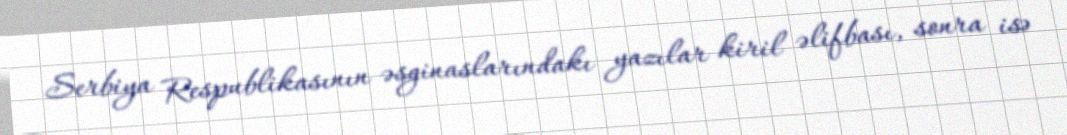
Serbiya Respublikasının əsginaslarındakı yazılar kiril əlifbası, sonra isə